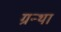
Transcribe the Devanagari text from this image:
ग्रन्था